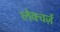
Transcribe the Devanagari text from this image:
लेक्चर्ज़